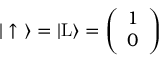
\begin{array} { r } { | \uparrow \ \rangle = | \mathrm { L } \rangle = \left( \begin{array} { c } { 1 } \\ { 0 } \end{array} \right) } \end{array}